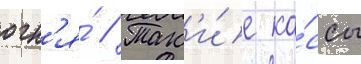
огн'я́ // Так'и́е ка́ссы